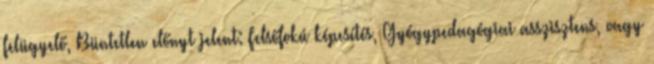
felügyelő, Büntetlen előnyt jelent: Felsőfokú képesítés, Gyógypedagógiai asszisztens, vagy